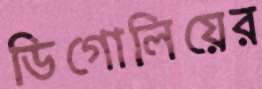
ডিগোলিয়ের